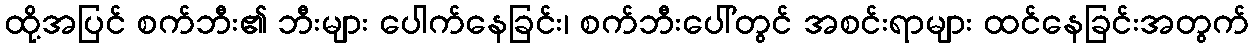
ထို့အပြင် စက်ဘီး၏ ဘီးများ ပေါက်နေခြင်း၊ စက်ဘီးပေါ်တွင် အစင်းရာများ ထင်နေခြင်းအတွက်